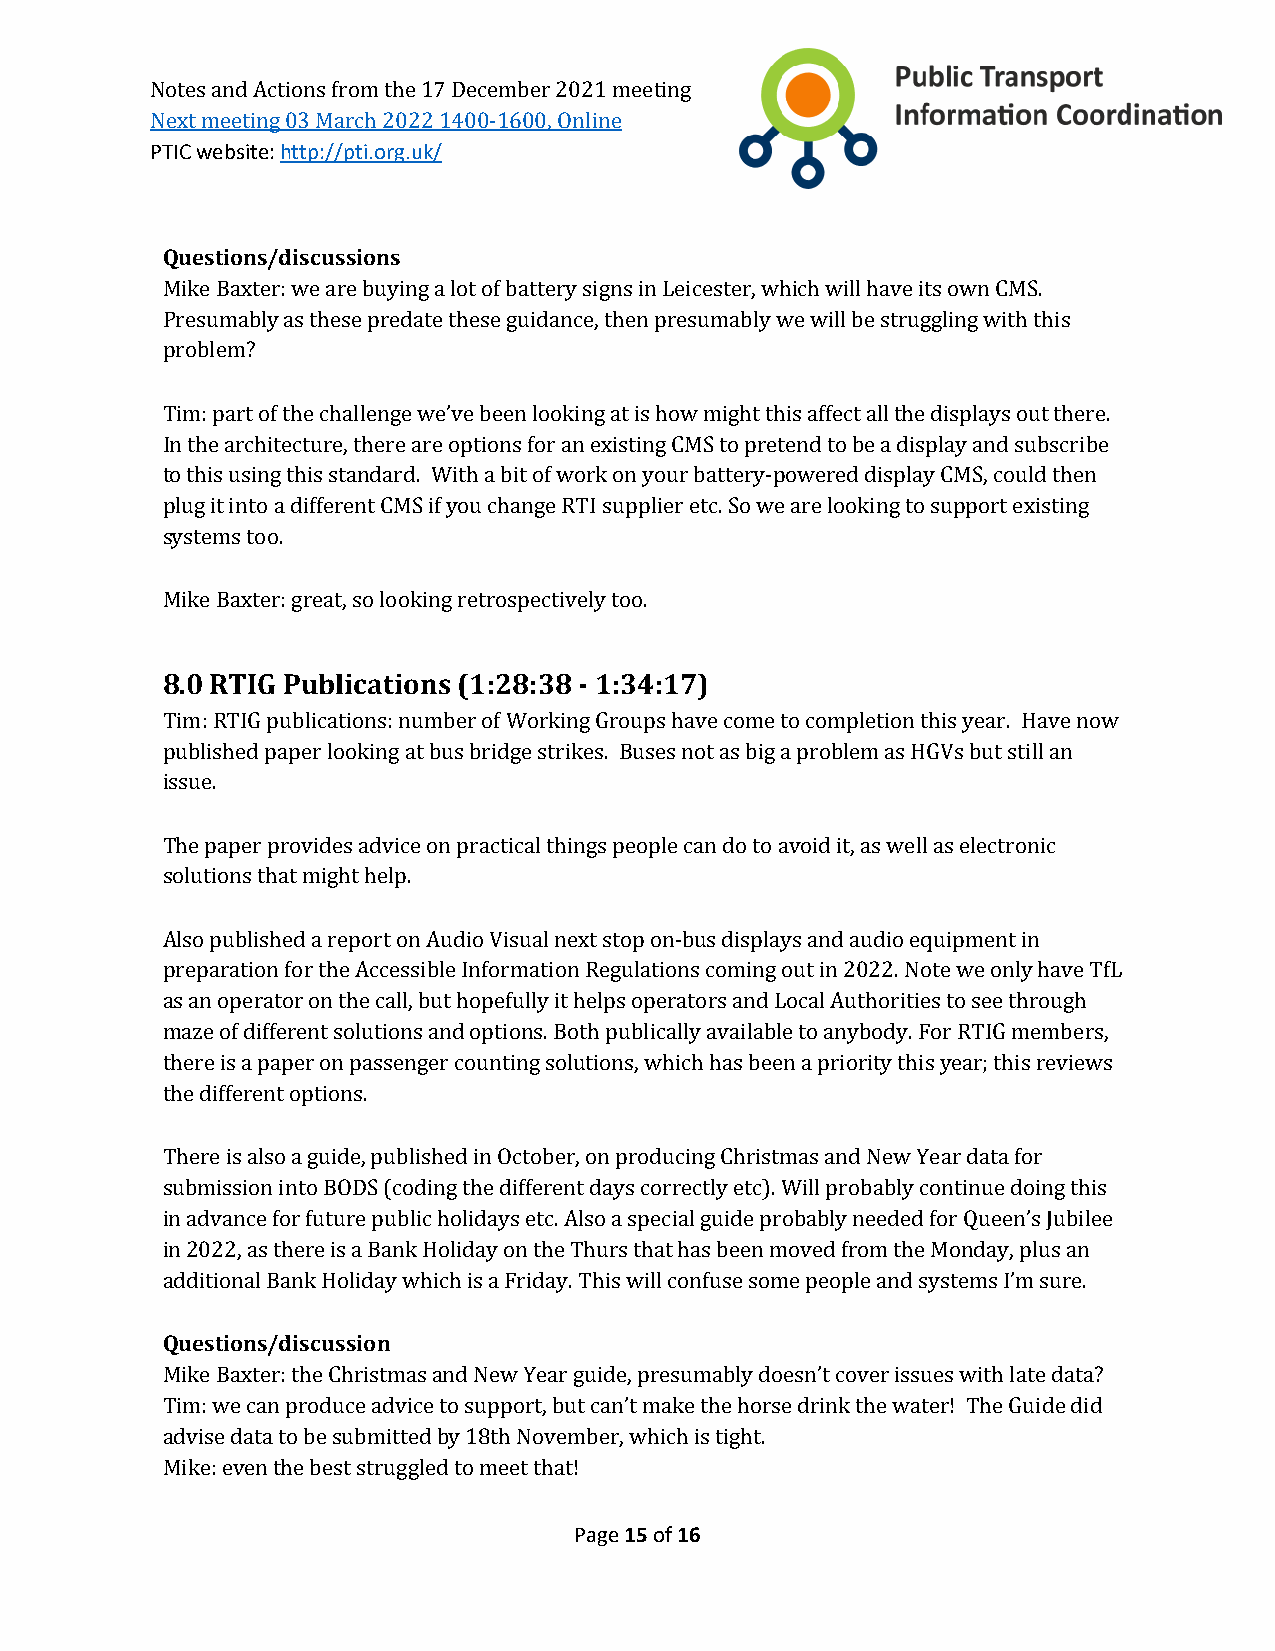
Notes and Actions from the 17 December 2021 meeting
 PTIC website: http://pti.org.uk/
 Next meeting 03 March 2022 1400-1600, Online
 Questions/discussions
 Mike Baxter: we are buying a lot of battery signs in Leicester, which will have its own CMS.
 Presumably as these predate these guidance, then presumably we will be struggling with this
 problem?
 Tim: part of the challenge we’ve been looking at is how might this affect all the displays out there.
 In the architecture, there are options for an existing CMS to pretend to be a display and subscribe
 to this using this standard. With a bit of work on your battery-powered display CMS, could then
 plug it into a different CMS if you change RTI supplier etc. So we are looking to support existing
 systems too.
 Mike Baxter: great, so looking retrospectively too.
 8.0 RTIG Publications (1:28:38 - 1:34:17)
 Tim: RTIG publications: number of Working Groups have come to completion this year. Have now
 published paper looking at bus bridge strikes. Buses not as big a problem as HGVs but still an
 issue.
 The paper provides advice on practical things people can do to avoid it, as well as electronic
 solutions that might help.
 Also published a report on Audio Visual next stop on-bus displays and audio equipment in
 preparation for the Accessible Information Regulations coming out in 2022. Note we only have TfL
 as an operator on the call, but hopefully it helps operators and Local Authorities to see through
 maze of different solutions and options. Both publically available to anybody. For RTIG members,
 there is a paper on passenger counting solutions, which has been a priority this year; this reviews
 the different options.
 There is also a guide, published in October, on producing Christmas and New Year data for
 submission into BODS (coding the different days correctly etc). Will probably continue doing this
 in advance for future public holidays etc. Also a special guide probably needed for Queen’s Jubilee
 in 2022, as there is a Bank Holiday on the Thurs that has been moved from the Monday, plus an
 additional Bank Holiday which is a Friday. This will confuse some people and systems I’m sure.
 Questions/discussion
 Mike Baxter: the Christmas and New Year guide, presumably doesn’t cover issues with late data?
 Tim: we can produce advice to support, but can’t make the horse drink the water! The Guide did
 advise data to be submitted by 18th November, which is tight.
 Mike: even the best struggled to meet that!
 Page 15 of 16